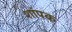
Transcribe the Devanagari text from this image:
शांपक